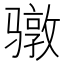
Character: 𮪥